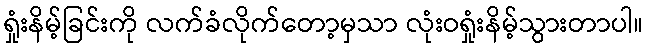
ရှုံးနိမ့်ခြင်းကို လက်ခံလိုက်တော့မှသာ လုံးဝရှုံးနိမ့်သွားတာပါ။